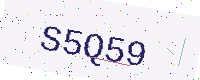
Text: S5Q59